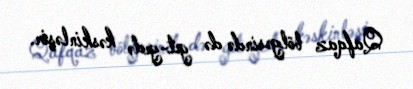
Qafqaz bölgəsində də get-gedə kəskinləşir.